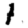
Digit: 1